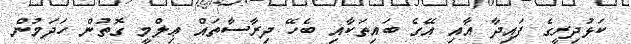
ކަޅުދިރީގެ ފައިދާ އާއި އޭގެ ބައިތަކާއި ބެހޭ ދިރާސާތައް ޢިލްމީ ގޮތުން ހަދަމުން